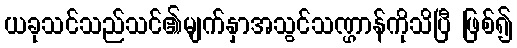
ယခုသင်သည်သင်၏မျက်နှာအသွင်သဏ္ဌာန်ကိုသိပြီ ဖြစ်၍